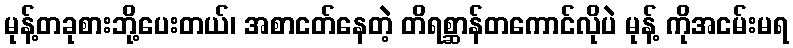
မုန့်တခုစားဘို့ပေးတယ်၊ အစာငတ်နေတဲ့ တိရစ္ဆာန်တကောင်လိုပဲ မုန့် ကိုအငမ်းမရ